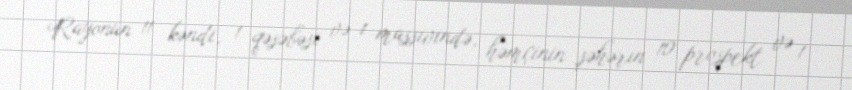
Rayonun 11 kəndi, 1 qəsəbəsi və 1 massivində, həmçinin şəhərin 10 prospekt və 1